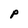
Character: p